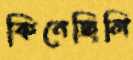
কিনেছিলি